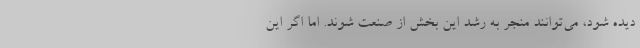
دیده شود،‌ می‌توانند منجر به رشد این بخش از صنعت شوند. اما اگر این